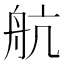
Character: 航